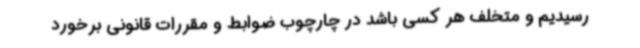
رسیدیم و متخلف هر کسی باشد در چارچوب ضوابط و مقررات قانونی برخورد